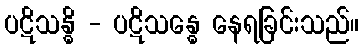
ပဋိသန္ဓိ - ပဋိသန္ဓေ နေရခြင်းသည်။